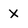
Character: x